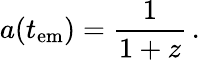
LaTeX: a(t_{\mathrm{em}})={\frac{1}{1+z}}\, .